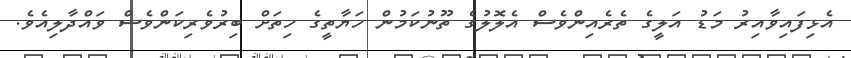
އެޅިފައިވާއިރު މަޑު އަލީގެ ތެރެއިންވެސް އެލޮލުގެ ތޫނުކަމުން ހަޔާތީގެ ހިތަށް ބިރުވެރިކަންވެސް ވައްދާލިއެވެ.